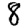
Digit: 8